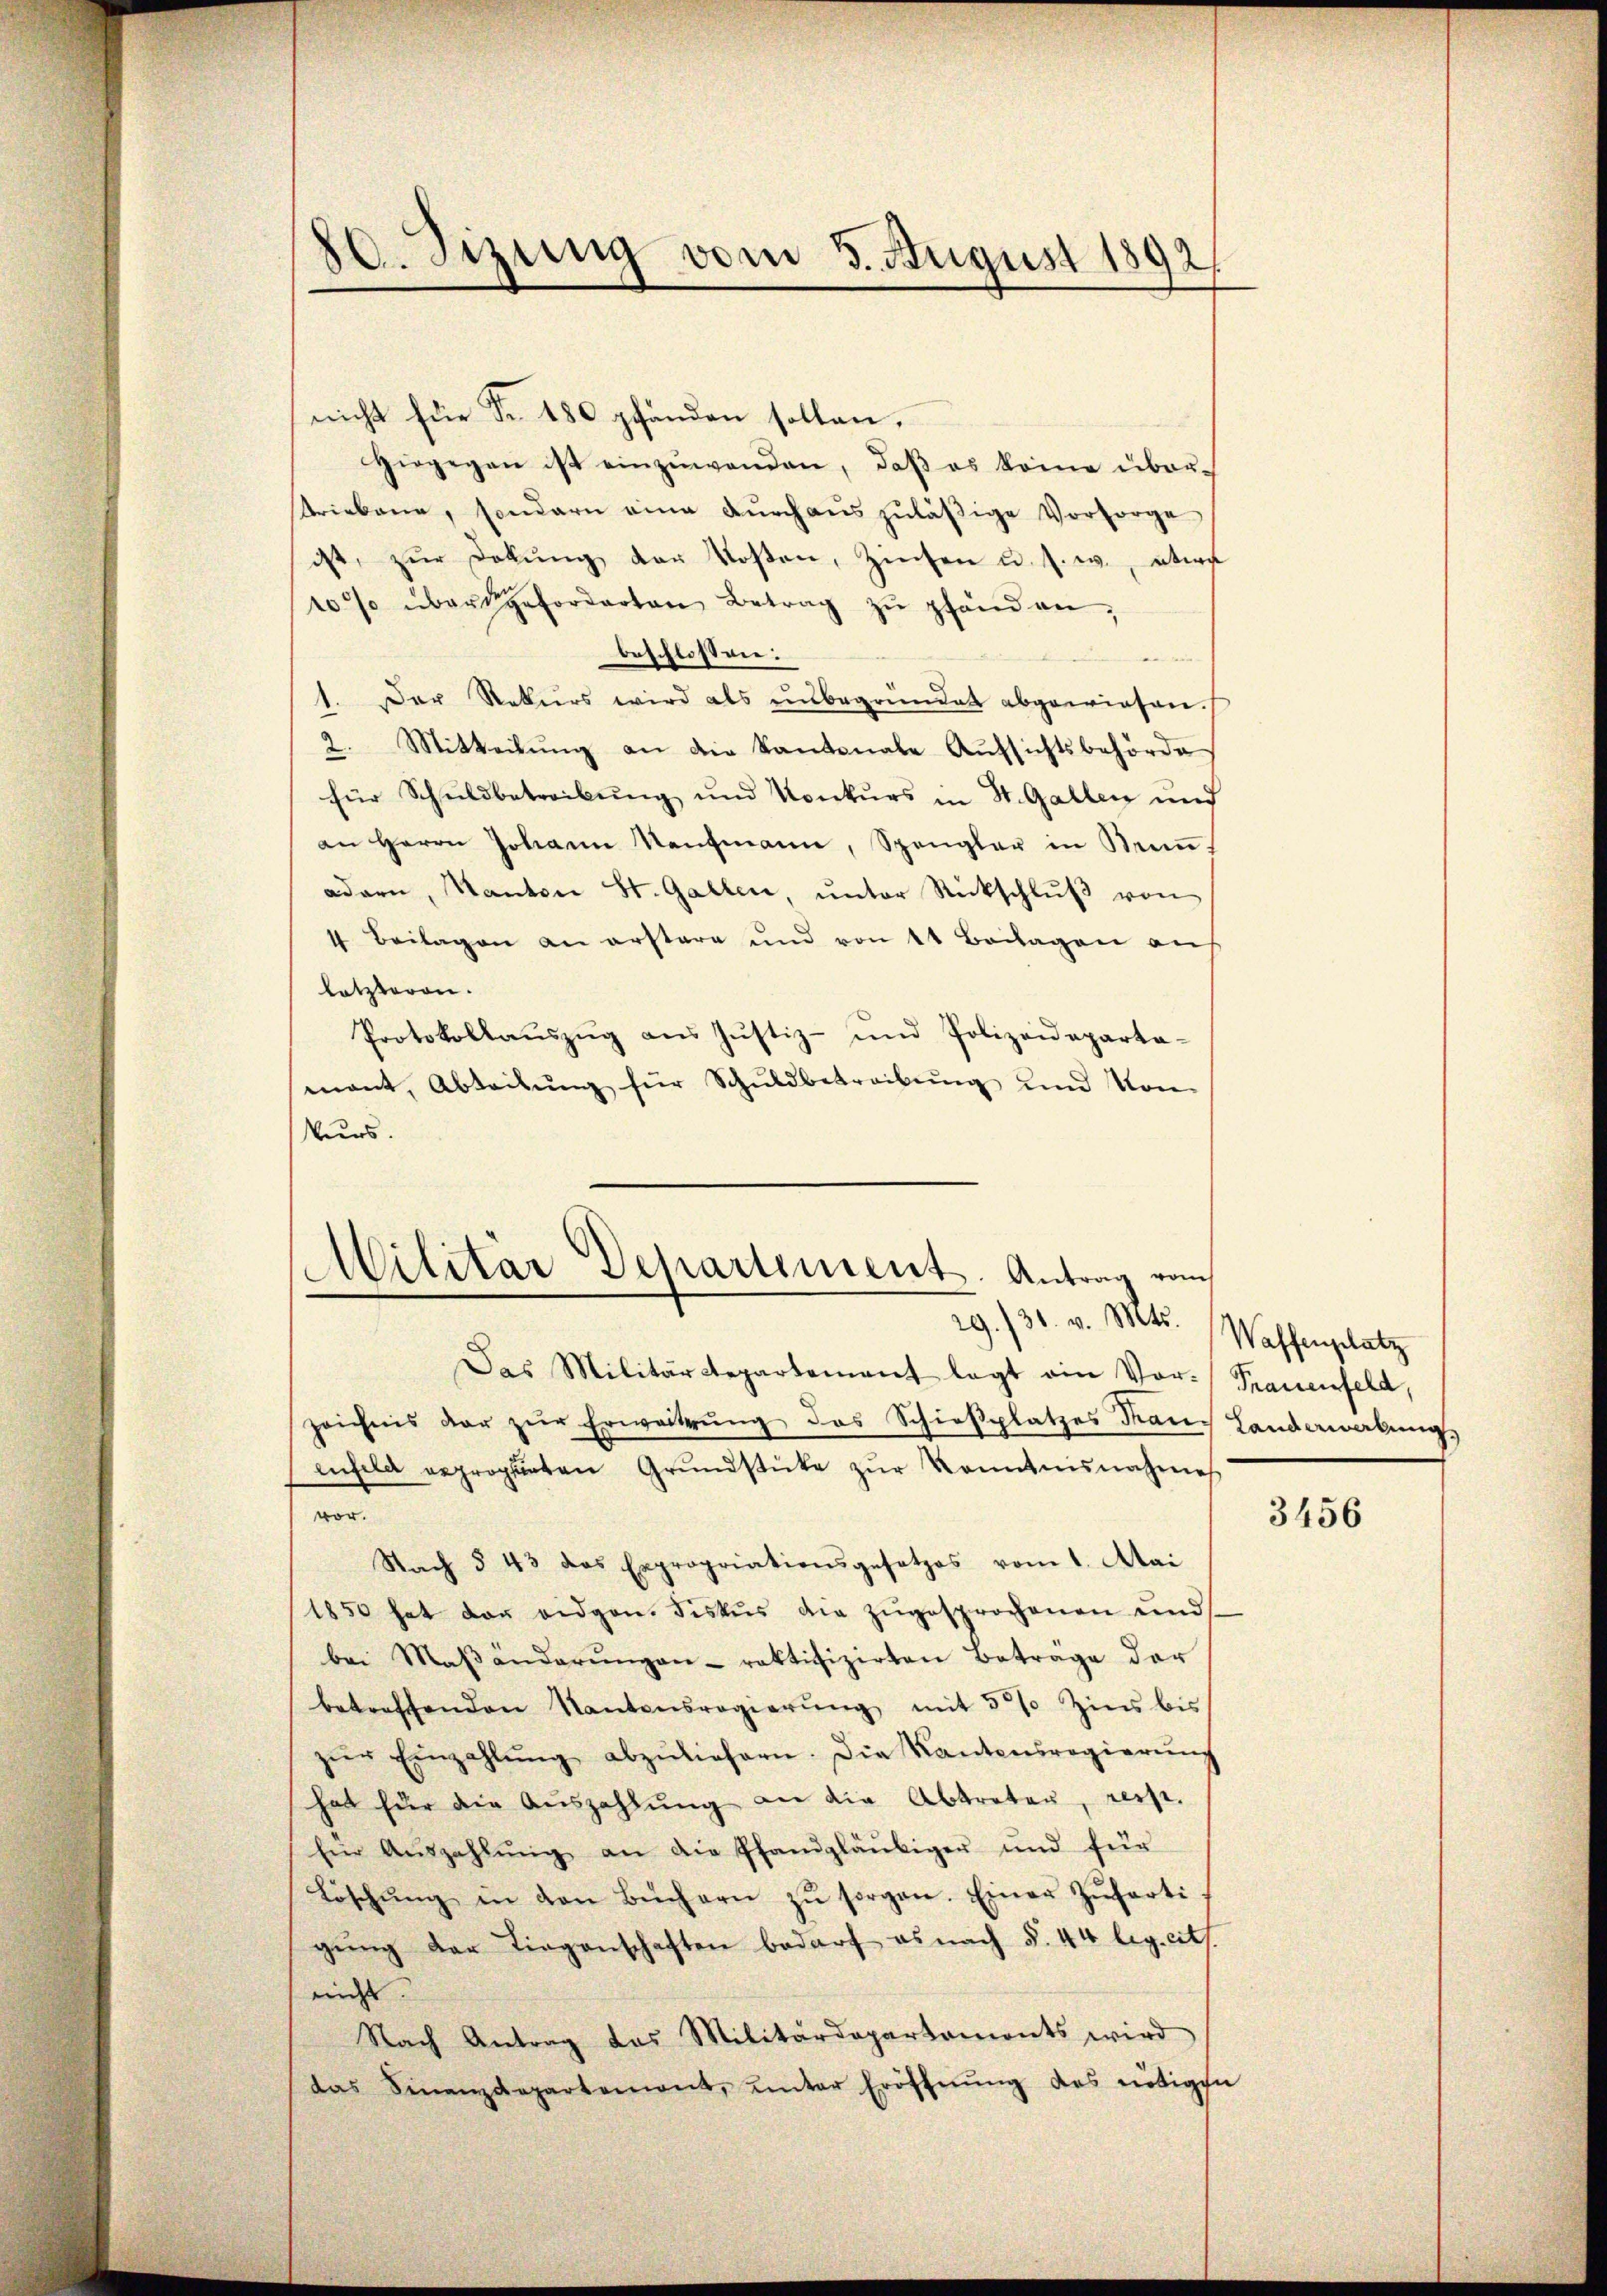
80. Sitzung vom 3. August 1892.

nicht für Fr. 180 pfänden sollen.
hingegen ist einzuwenden, daβ es könne über-
triebene, sondern eine Dŭrch aŭszŭläβige Vorsorge
ist, zŭr Dekŭng der Kosten, Zinsen u. s. w. etwa
10% über geforderten Betrag zŭ pfänden,
beschlossen:
e
1. Der Rekurs wird als unbegründet abgewiesen.
2. Mitteilŭng an die Kantonale Aufsichtsbehörde
für Schuldbetreibŭng und Konkurs in St. Gallen und
an Herrn Johann Kaŭfmann, Spengler in Maṅ
adern, Kanton St. Gallen, ŭnter Rückschlŭβ von
4 Beilagen an erstere und von 11 Beilagen auf
letzteren.
Protokollaŭszŭg an Jŭstiz- und Polizeideparta-
mant, Abteilŭng für Schŭldbetreibŭng und Kon-
kurs.
Militar Departement. Antrag vom
29./30. v. Mts. Waffenplatz
Das Militärdepartement legt ein Vor- Trauenfeld,
zeichnis dar zŭr Erweiterŭng des Schieβplatzes Kann Landerwerbŭng
enfeld erproprieten Grŭndstücke zŭr Kenntnisnahmes
vor.
Nach § 43 das Expropriationsgesetzes vom 1. Mai
1850 hat der eidgen. Fiskus die zŭgesprochenen und
bei Maβänderŭngen-raktifizirten Beträge der
betreffenden Kantonsregierŭng mit 5% Zins bis
zŭr Einzahlŭng abzuliefern. Die Kantonsregierŭng
hat für die Aŭszahlŭng an die Abtreter, resp.
Ein Aŭszahlŭng an die Pfandgläubiger und für
Löschŭng in den Büchern zŭ sorgen. Einer Zŭsarti
gung der Liegenschaften bedarf es nach §. 44 lig. cit.
ein
Nach Antrag das Militärdepartamonts wird
das Finanzdepartement, unter Eröffnŭng des nötigen

3456